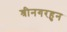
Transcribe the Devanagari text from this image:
श्रीनगरहुन